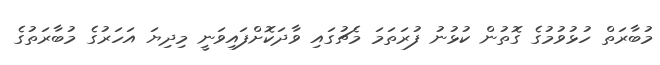
މުބާރަތް ހުޅުވުމުގެ ގޮތުން ކުޅުނު ފުރަތަމަ މެޗުގައި ވާދަކޮށްފައިވަނީ މިދިޔަ އަހަރުގެ މުބާރަތުގެ